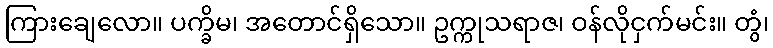
ကြားချေလော။ ပက္ခိမ၊ အတောင်ရှိသော။ ဥက္ကုသရာဇ၊ ဝန်လိုငှက်မင်း။ တွံ၊